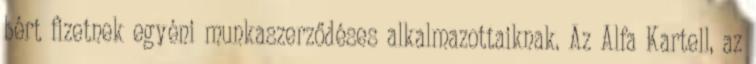
bért fizetnek egyéni munkaszerződéses alkalmazottaiknak. Az Alfa Kartell, az